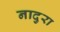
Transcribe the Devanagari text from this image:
नादुरा